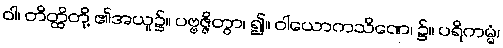
ဝါ၊ တိတ္ထိတို့ ၏အယူ၌။ ပဗ္ဗဇ္ဇိတွာ၊ ၍။ ဝါယောကသိဏေ၊ ၌။ ပရိကမ္မံ၊